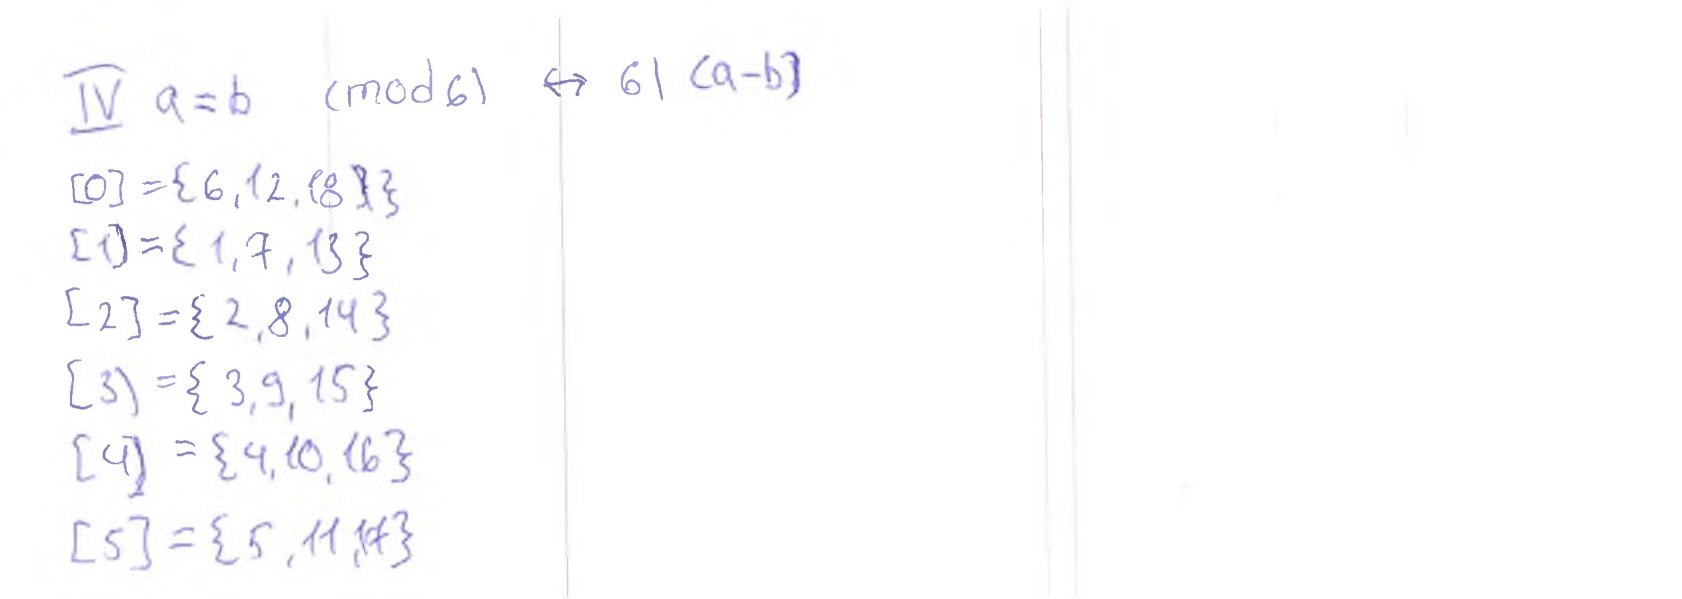
IV a=b
(mod 6) ↔ 6 | (a-b)
{0}={6, 12, 18~~}~~}
{1}={1, 7, 13}
[2} = {2, 8, 14}
[3] = {3, 9, 15}
[4] ={4,10,16}
[5] = {5, 11, 17}